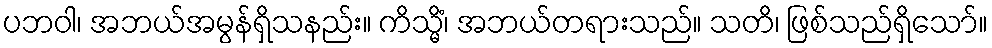
ပဘဝါ၊ အဘယ်အမွန်ရှိသနည်း။ ကိသ္မိံ၊ အဘယ်တရားသည်။ သတိ၊ ဖြစ်သည်ရှိသော်။